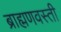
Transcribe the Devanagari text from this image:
ब्राह्मणवस्ती